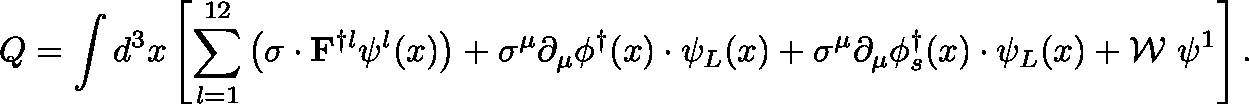
Q = \int d ^ { 3 } x \left[ \sum _ { l = 1 } ^ { 1 2 } \left( { \mathbf { \sigma } } \cdot { \bf F } ^ { \dagger l } \psi ^ { l } ( x ) \right) + \sigma ^ { \mu } \partial _ { \mu } \phi ^ { \dagger } ( x ) \cdot \psi _ { L } ( x ) + \sigma ^ { \mu } \partial _ { \mu } \phi _ { s } ^ { \dagger } ( x ) \cdot \psi _ { L } ( x ) + \mathcal { W } ~ \psi ^ { 1 } \right] .